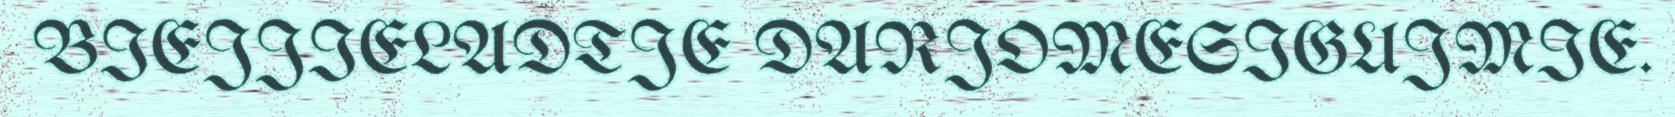
BIEJJIELADTJE DARJOMESIGUJMIE.